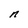
Character: n